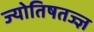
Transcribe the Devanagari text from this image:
ज्योतिषतज्ज्ञ